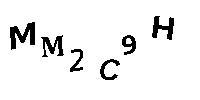
MM2C9H